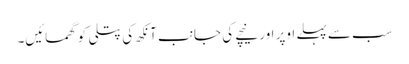
سب سے پہلے اوپر اور نیچے کی جانب آنکھ کی پتلی کو گھمائیں۔